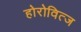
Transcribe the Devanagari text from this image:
होरोवित्ज